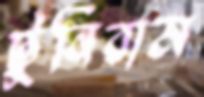
টুনিরাম